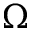
\Omega